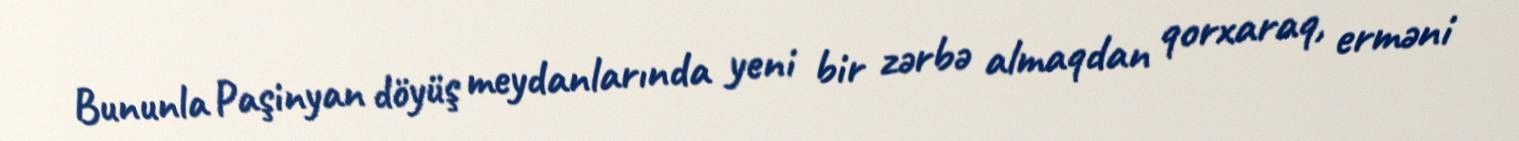
Bununla Paşinyan döyüş meydanlarında yeni bir zərbə almaqdan qorxaraq, erməni